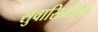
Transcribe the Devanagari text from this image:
सुवासिनीला